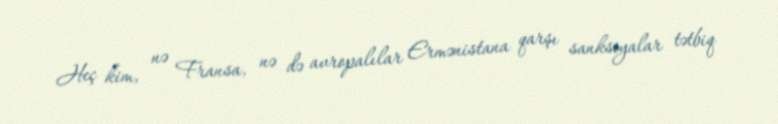
Heç kim, nə Fransa, nə də avropalılar Ermənistana qarşı sanksiyalar tətbiq